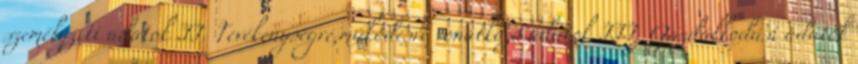
személyzeti adatok II. Tevékenységre,működésre vonatkozó adatok III. Gazdálkodási adatok